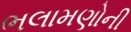
ભલામણોની